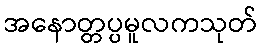
အနောတ္တပ္ပမူလကသုတ်